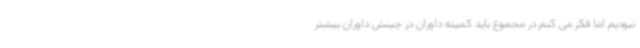
نبودیم اما فکر می کنم در مجموع باید کمیته داوران در چینش داوران بیشتر